Scientific memoirs by medical officers of the Army of India - Part XII,
Year: 1901
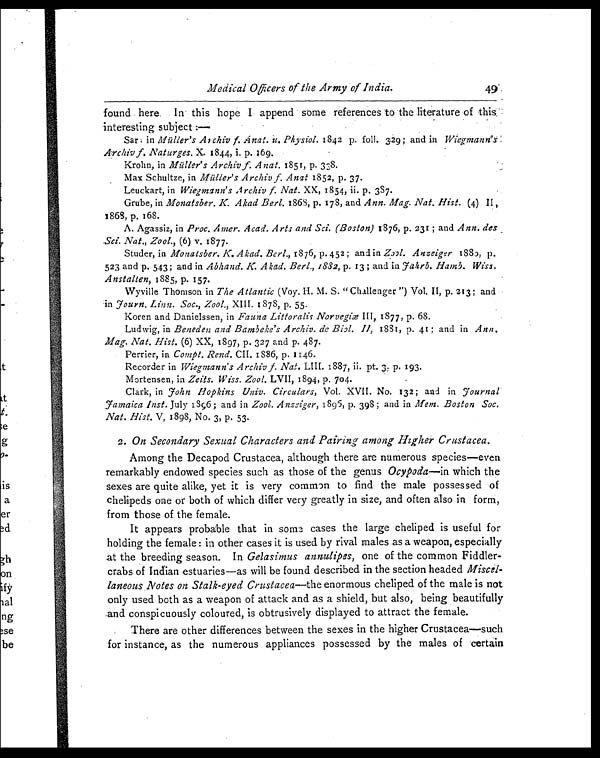
Medical Officers of the Army of India.
49
found here. In this hope I append some references to the literature of this
interesting subject :—
Sar; in Müller's Archiv f. Anat. u. Physiol. 1842 p. foll. 329 ; and in Wiegmann's
Archiv f. Naturges. X. 1844, i. p. 169.
Krohn, in Müller's Archiv f. Anat. 1851, p. 338.
Max Schultze, in Müller's Archiv f. Anat 1852, p. 37.
Leuckart, in Wiegmann's Archiv f. Nat. XX, 1854, ii. p. 387.
Grube, in Monatsber. K. Akad Berl. 1868, p. 178, and Ann. Mag. Nat. Hist. (4) II,
1868, p. 168.
A. Agassiz, in Proc. Amer. Acad. Arts and Sci. (Boston) 1876, p. 231 ; and Ann. des
Sci. Nat., Zool., (6) v. 1877.
Studer, in Monatsber. K. Akad. Berl., 1876, p. 452 ; and in Zool. Anzeiger 1880, p.
523 and p. 543; and in Abhand. K. Akad. Berl., 1832, p. 13 ; and in J ahrb. Hamb. Wiss.
Anstalten, 1885, p. 157.
Wyville Thomson in The Atlantic (Voy. H. M. S. "Challenger ") Vol. II, p. 213; and
in J ourn. Linn. Soc., Zool., XIII. 1878, p. 55.
Koren and Danielssen, in Fauna Littoralis Norvegiæ III, 1877, p. 68.
Ludwig, in Beneden and Bambeke's Archiv. de Biol. II, 1881, p. 41; and in Ann.
Mag. Nat. Hist. (6) XX, 1897, p. 327 and p. 487.
Perrier, in Compt. Rend. CII. 1886, p. 1146.
Recorder in Wiegmann's Archiv f. Nat. LIII. 1887, ii. pt. 3, p. 193.
Mortensen, in Zeits. Wiss. Zool. LVII, 1894, p. 704.
Clark, in John Hopkins Univ. Circulars, Vol. XVII. No. 132; and in J ournal
J amaica Inst. July 1896; and in Zool. Anzeiger, 1895, p. 398; and in Mem. Boston Soc.
Nat. Hist. V, 1898, No. 3, p. 53.
2 . On Secondary Sexual Characters and Pairing among Higher Crustacea.
Among the Decapod Crustacea, although there are numerous species—even
remarkably endowed species such as those of the genus Ocypoda—in which the
sexes are quite alike, yet it is very common to find the male possessed of
chelipeds one or both of which differ very greatly in size, and often also in form,
from those of the female.
It appears probable that in some cases the large cheliped is useful for
holding the female : in other cases it is used by rival males as a weapon, especially
at the breeding season. In Gelasimus annulipes, one of the common Fiddler-
crabs of Indian estuaries—as will be found described in the section headed Miscel-
laneous Notes on Stalk-eyed Crustacea—the enormous cheliped of the male is not
only used both as a weapon of attack and as a shield, but also, being beautifully
and conspicuously coloured, is obtrusively displayed to attract the female.
There are other differences between the sexes in the higher Crustacea—such
for instance, as the numerous appliances possessed by the males of certain